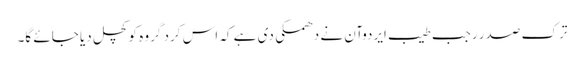
ترک صدر رجب طیب ایردوآن نے دھمکی دی ہے کہ اس کرد گروہ کو کچل دیا جائے گا۔